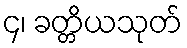
၄၊ ခတ္တိယသုတ်